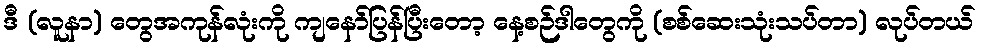
ဒီ (လူနာ) တွေအကုန်လုံးကို ကျနော်ပြန်ပြီးတော့ နေ့စဉ်ဒါတွေကို (စစ်ဆေးသုံးသပ်တာ) လုပ်တယ်